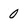
Character: 0